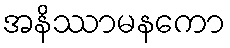
အနိဿာမနကော